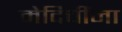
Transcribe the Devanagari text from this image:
मेदिचींना